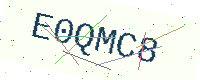
Text: E0QMC8